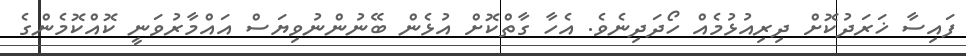
ފައިސާ ޚަރަދުކޮށް ދިރިއުޅުމެއް ހޯދަދިނެވެ. އެހާ ގާތްކޮށް އުޅެން ބޭނުންނުވިޔަސް އައްމާރުވަނީ ކޮއްކޮމެންގެ